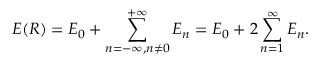
E ( R ) = E _ { 0 } + \sum _ { n = - \infty , n \not = 0 } ^ { + \infty } E _ { n } = E _ { 0 } + 2 \sum _ { n = 1 } ^ { \infty } E _ { n } .